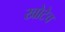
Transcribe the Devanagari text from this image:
खोटेच